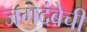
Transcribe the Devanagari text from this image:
जगदंबेची